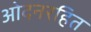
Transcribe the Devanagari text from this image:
ओदनरहित